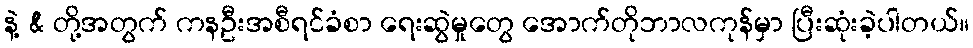
နဲ့ & တို့အတွက် ကနဦးအစီရင်ခံစာ ရေးဆွဲမှုတွေ အောက်တိုဘာလကုန်မှာ ပြီးဆုံးခဲ့ပါတယ်။